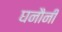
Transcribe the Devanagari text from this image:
घनौनी